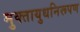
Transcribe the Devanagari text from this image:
मुक्तायुधनिरूपण